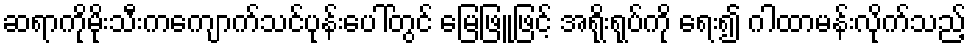
ဆရာကိုမိုးသီးကကျောက်သင်ပုန်းပေါ်တွင် မြေဖြူဖြင့် အရိုးရုပ်ကို ရေး၍ ဂါထာမန်းလိုက်သည့်